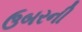
ઉબરની